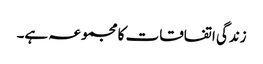
زندگی اتفاقات کا مجموعہ ہے۔